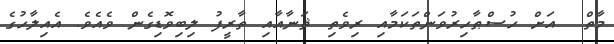
މާތް  އަށް ހުސްޠާހިރުވަންތަކަމާއި ރިވެތި ޘަނާއާއި ތާރީފު ލިބިވޮޑިގެން ވެއެވެ. އެއިލާހުގެ